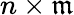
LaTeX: n\times\mathfrak{m}